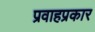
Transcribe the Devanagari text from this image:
प्रवाहप्रकार